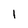
Character: 1